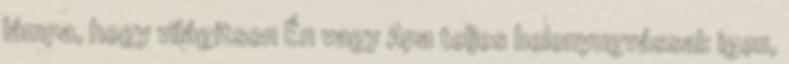
lámpa, hogy világítson Én vagy Apa teljes belenyugvással: igen,